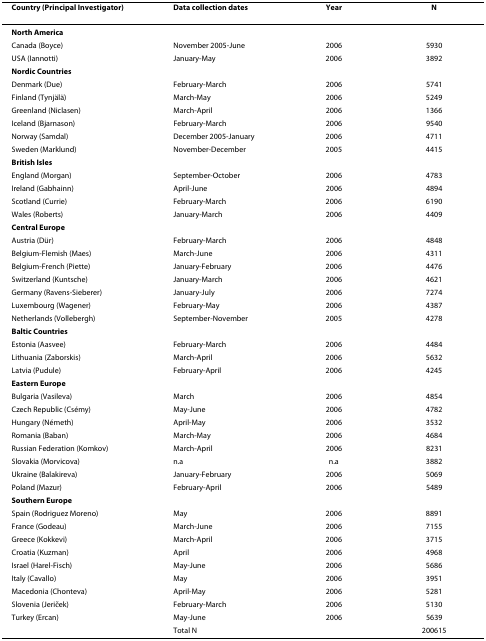
<table><thead><tr><td><b>Country (Principal Investigator)</b></td><td><b>Data collection dates</b></td><td><b>Year</b></td><td><b>N</b></td></tr></thead><tbody><tr><td><b>North America</b></td><td></td><td></td><td></td></tr><tr><td>Canada (Boyce)</td><td>November 2005-June</td><td>2006</td><td>5930</td></tr><tr><td>USA (Iannotti)</td><td>January-May</td><td>2006</td><td>3892</td></tr><tr><td><b>Nordic Countries</b></td><td></td><td></td><td></td></tr><tr><td>Denmark (Due)</td><td>February-March</td><td>2006</td><td>5741</td></tr><tr><td>Finland (Tynjälä)</td><td>March-May</td><td>2006</td><td>5249</td></tr><tr><td>Greenland (Niclasen)</td><td>March-April</td><td>2006</td><td>1366</td></tr><tr><td>Iceland (Bjarnason)</td><td>February-March</td><td>2006</td><td>9540</td></tr><tr><td>Norway (Samdal)</td><td>December 2005-January</td><td>2006</td><td>4711</td></tr><tr><td>Sweden (Marklund)</td><td>November-December</td><td>2005</td><td>4415</td></tr><tr><td><b>British Isles</b></td><td></td><td></td><td></td></tr><tr><td>England (Morgan)</td><td>September-October</td><td>2006</td><td>4783</td></tr><tr><td>Ireland (Gabhainn)</td><td>April-June</td><td>2006</td><td>4894</td></tr><tr><td>Scotland (Currie)</td><td>February-March</td><td>2006</td><td>6190</td></tr><tr><td>Wales (Roberts)</td><td>January-March</td><td>2006</td><td>4409</td></tr><tr><td><b>Central Europe</b></td><td></td><td></td><td></td></tr><tr><td>Austria (Dür)</td><td>February-March</td><td>2006</td><td>4848</td></tr><tr><td>Belgium-Flemish (Maes)</td><td>March-June</td><td>2006</td><td>4311</td></tr><tr><td>Belgium-French (Piette)</td><td>January-February</td><td>2006</td><td>4476</td></tr><tr><td>Switzerland (Kuntsche)</td><td>January-March</td><td>2006</td><td>4621</td></tr><tr><td>Germany (Ravens-Sieberer)</td><td>January-July</td><td>2006</td><td>7274</td></tr><tr><td>Luxembourg (Wagener)</td><td>February-May</td><td>2006</td><td>4387</td></tr><tr><td>Netherlands (Vollebergh)</td><td>September-November</td><td>2005</td><td>4278</td></tr><tr><td><b>Baltic Countries</b></td><td></td><td></td><td></td></tr><tr><td>Estonia (Aasvee)</td><td>February-March</td><td>2006</td><td>4484</td></tr><tr><td>Lithuania (Zaborskis)</td><td>March-April</td><td>2006</td><td>5632</td></tr><tr><td>Latvia (Pudule)</td><td>February-April</td><td>2006</td><td>4245</td></tr><tr><td><b>Eastern Europe</b></td><td></td><td></td><td></td></tr><tr><td>Bulgaria (Vasileva)</td><td>March</td><td>2006</td><td>4854</td></tr><tr><td>Czech Republic (Csémy)</td><td>May-June</td><td>2006</td><td>4782</td></tr><tr><td>Hungary (Németh)</td><td>April-May</td><td>2006</td><td>3532</td></tr><tr><td>Romania (Baban)</td><td>March-May</td><td>2006</td><td>4684</td></tr><tr><td>Russian Federation (Komkov)</td><td>March-April</td><td>2006</td><td>8231</td></tr><tr><td>Slovakia (Morvicova)</td><td>n.a</td><td>n.a</td><td>3882</td></tr><tr><td>Ukraine (Balakireva)</td><td>January-February</td><td>2006</td><td>5069</td></tr><tr><td>Poland (Mazur)</td><td>February-April</td><td>2006</td><td>5489</td></tr><tr><td><b>Southern Europe</b></td><td></td><td></td><td></td></tr><tr><td>Spain (Rodriguez Moreno)</td><td>May</td><td>2006</td><td>8891</td></tr><tr><td>France (Godeau)</td><td>March-June</td><td>2006</td><td>7155</td></tr><tr><td>Greece (Kokkevi)</td><td>March-April</td><td>2006</td><td>3715</td></tr><tr><td>Croatia (Kuzman)</td><td>April</td><td>2006</td><td>4968</td></tr><tr><td>Israel (Harel-Fisch)</td><td>May-June</td><td>2006</td><td>5686</td></tr><tr><td>Italy (Cavallo)</td><td>May</td><td>2006</td><td>3951</td></tr><tr><td>Macedonia (Chonteva)</td><td>April-May</td><td>2006</td><td>5281</td></tr><tr><td>Slovenia (Jeriček)</td><td>February-March</td><td>2006</td><td>5130</td></tr><tr><td>Turkey (Ercan)</td><td>May-June</td><td>2006</td><td>5639</td></tr><tr><td></td><td>Total N</td><td></td><td>200615</td></tr></tbody></table>